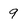
Character: 9